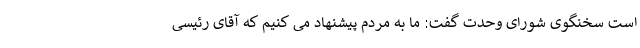
است سخنگوی شورای وحدت گفت: ما به مردم پیشنهاد می کنیم که آقای رئیسی